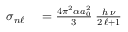
\begin{array} { r l } { \sigma _ { n \ell } } & { { } = \frac { 4 \pi ^ { 2 } \alpha a _ { 0 } ^ { 2 } } { 3 } \: \frac { h \, \nu } { 2 \, \ell + 1 } } \end{array}